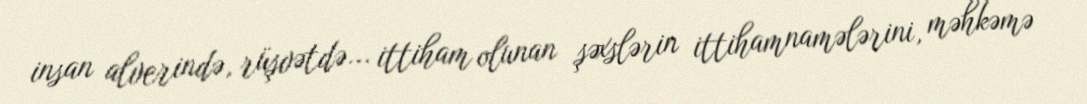
insan alverində, rüşvətdə... ittiham olunan şəxslərin ittihamnamələrini, məhkəmə